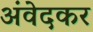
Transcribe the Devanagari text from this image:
अंवेदकर